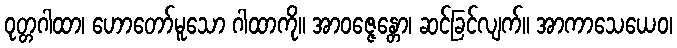
ဝုတ္တဂါထာ၊ ဟောတော်မူသော ဂါထာကို။ အာဝဇ္ဇေန္တော၊ ဆင်ခြင်လျက်။ အာကာသေယေဝ၊